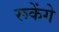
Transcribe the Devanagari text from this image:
रूकेंगे